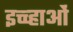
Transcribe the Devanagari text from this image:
इच्च्हाओं